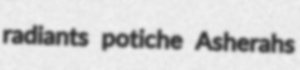
radiants potiche Asherahs